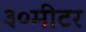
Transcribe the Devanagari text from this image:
३०मीटर